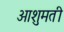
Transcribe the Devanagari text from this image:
आशुमती